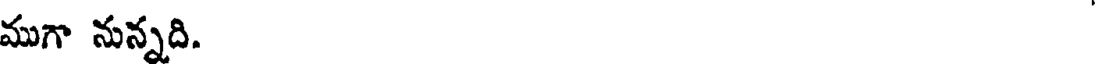
ముగా నున్నది.